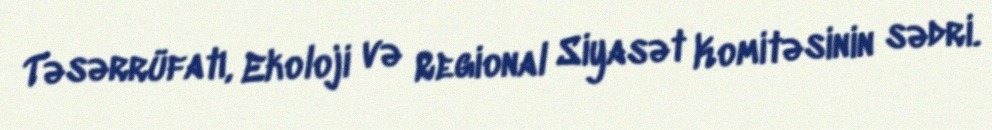
Təsərrüfatı, Ekoloji və Regional Siyasət Komitəsinin sədri.